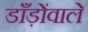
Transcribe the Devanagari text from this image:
डाँड़ोंवाले